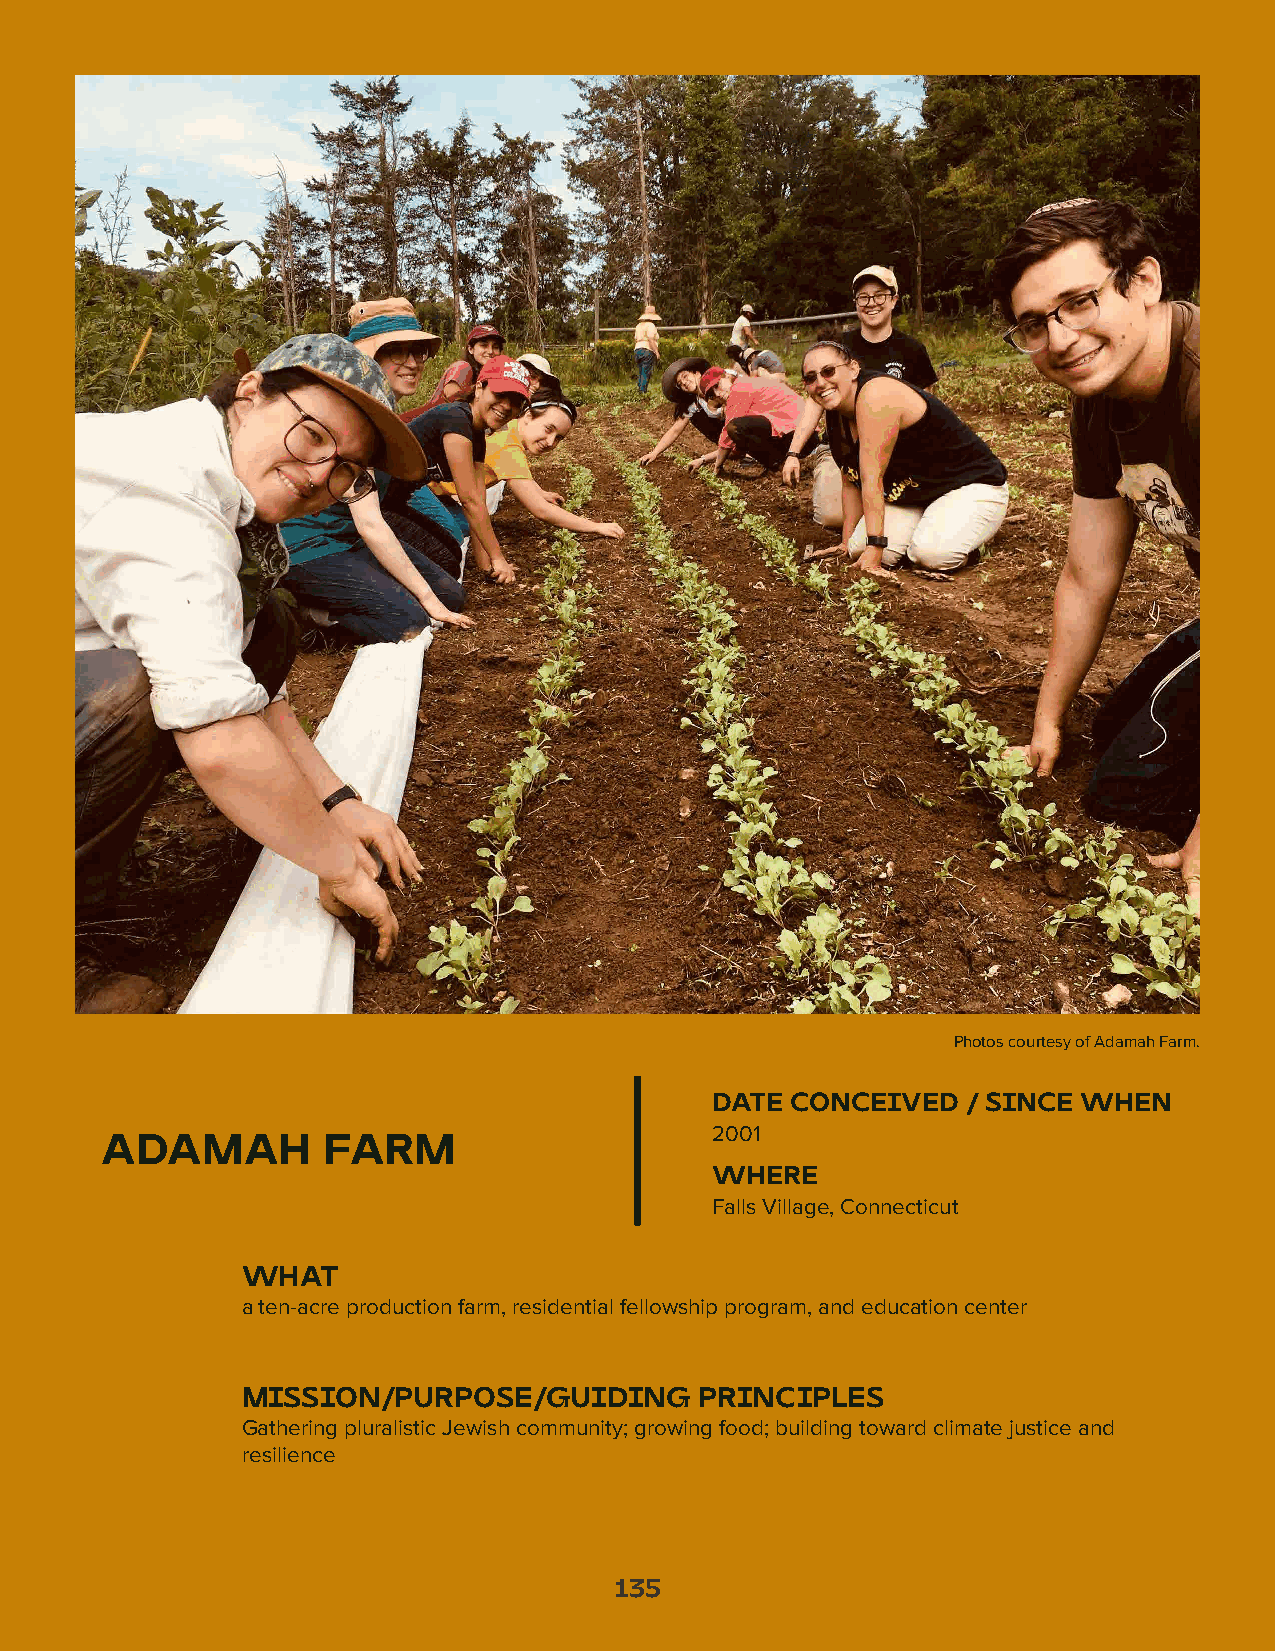
Photos courtesy of Adamah Farm.
 DATE CONCEIVED   / SINCE WHEN
 2001
 ADAMAH        FARM
 WHERE
 Falls Village, Connecticut
 WHAT
 a ten-acre production farm, residential fellowship program, and education center
 MISSION/PURPOSE/GUIDING       PRINCIPLES
 Gathering pluralistic Jewish community; growing food; building toward climate justice and
 resilience
 135